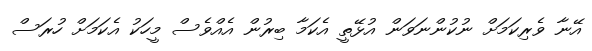
އޭނާ ވެރިކަމަށް ނުކުންނަވަން އުޅޭތީ އެކަމާ ބިރުން އެއްވެސް މީހަކު އެކަމަށް ހުރަސް